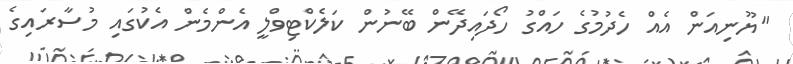
"ޔޫނިއަން އެއް ހެދުމުގެ ހައްގު ހޯދައިދޭން ބޭނުން ކަލެކްޓިވްލީ އެންމެން އެކުގައި މުސާރައިގެ